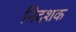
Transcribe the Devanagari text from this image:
निदशक